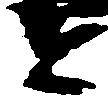
と